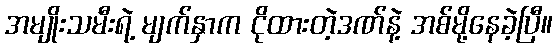
အမျိုးသမီးရဲ့ မျက်နှာက ငိုထားတဲ့ဒဏ်နဲ့ အစ်မို့နေခဲ့ပြီ။